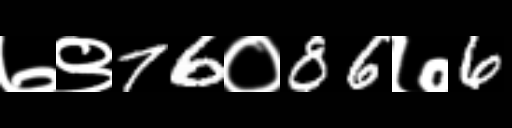
Text: ७९76०86७6